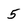
Character: 5